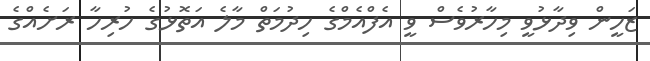
ޒަހީން ވިދާޅުވީ މިހާރުވެސް ވީ އެފްއެމްގެ ހިދުމަތް މާލެ އަތޮޅުގެ ހުރިހާ ރަށެއްގެ